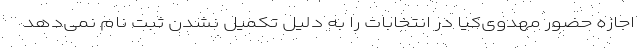
اجازه حضور مهدوی‌کیا در انتخابات را به دلیل تکمیل نشدن ثبت نام نمی‌دهد